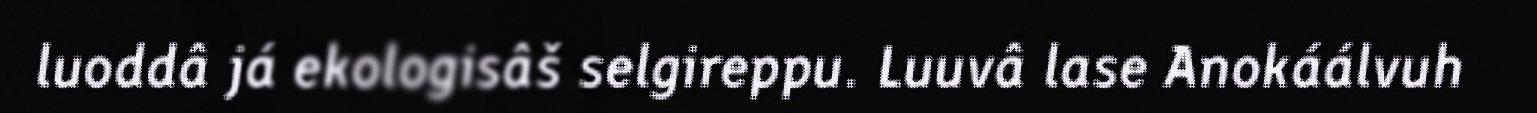
luoddâ já ekologisâš selgireppu. Luuvâ lase Anokáálvuh